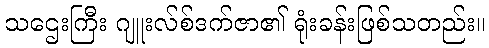
သဌေးကြီး ဂျူးလ်စ်ဒက်ဇာ၏ ရုံးခန်းဖြစ်သတည်း။